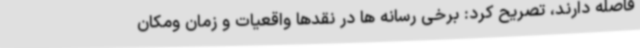
فاصله دارند، تصریح کرد: برخی رسانه ها در نقدها واقعیات و زمان ومکان